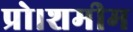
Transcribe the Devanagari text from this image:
प्रो।शमीम